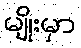
မျိုးမှာ